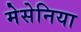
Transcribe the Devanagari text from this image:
मेसेनिया